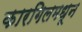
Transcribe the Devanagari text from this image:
कारगिलमधून